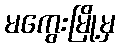
မကွေးမြို့မှ